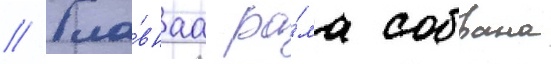
// Гла́внаа ра́ма собрана